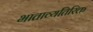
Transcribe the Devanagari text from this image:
भाताव्यतिरिक्त